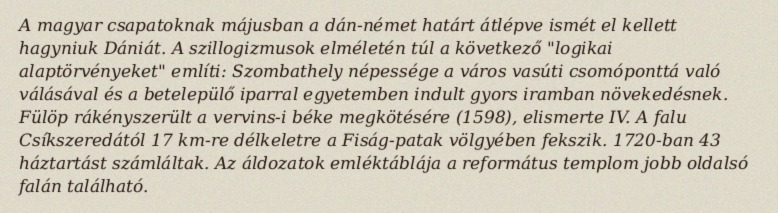
A magyar csapatoknak májusban a dán-német határt átlépve ismét el kellett hagyniuk Dániát. A szillogizmusok elméletén túl a következő "logikai alaptörvényeket" említi: Szombathely népessége a város vasúti csomóponttá való válásával és a betelepülő iparral egyetemben indult gyors iramban növekedésnek. Fülöp rákényszerült a vervins-i béke megkötésére (1598), elismerte IV. A falu Csíkszeredától 17 km-re délkeletre a Fiság-patak völgyében fekszik. 1720-ban 43 háztartást számláltak. Az áldozatok emléktáblája a református templom jobb oldalsó falán található.